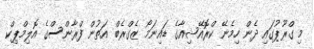
މި ގްރޫޕުގައި ދެން ހިމެނޭ ކްރޮއޭޝިއާގެ ޑައިނަމޯ ޒެގްރެބް އަތުން ފްރާންސްގެ އޮލިމްޕިކް